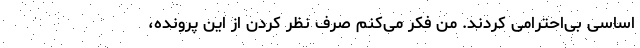
اساسی بی‌احترامی کردند. من فکر می‌کنم صرف نظر کردن از این پرونده،